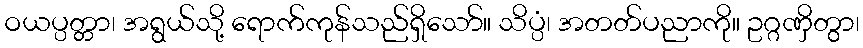
ဝယပ္ပတ္တာ၊ အရွယ်သို့ ရောက်ကုန်သည်ရှိသော်။ သိပ္ပံ၊ အတတ်ပညာကို။ ဥဂ္ဂဏှိတွာ၊